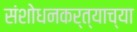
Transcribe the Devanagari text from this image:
संशोधनकर्त्याच्या